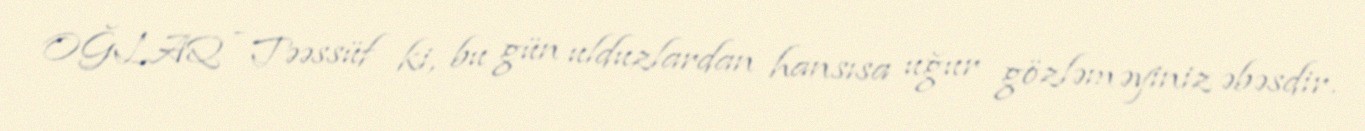
OĞLAQ - Təəssüf ki, bu gün ulduzlardan hansısa uğur gözləməyiniz əbəsdir.